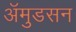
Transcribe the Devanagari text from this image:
अॅमुडसन